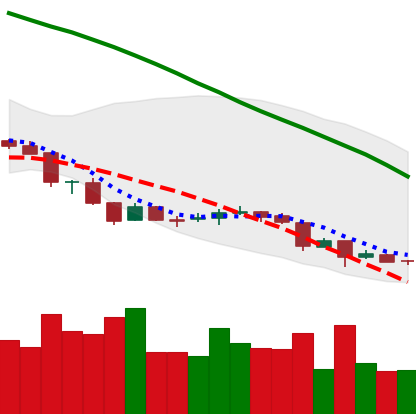
Ticker: NEO-USD
Chart end date: 2018-06-27
Forward return: 18.658%
Label: up_7plus